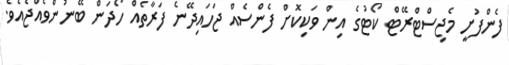
ފެންފުށީ މެޖިސްޓްރޭޓް ކޯޓުގެ އިން ވަކިކޮށް ފެންސެއް ޖަހައިދޭނެ ފަރާތެއް ހޯދަން ބޭނުންވެއްޖެއެވެ.